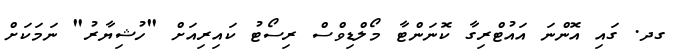
ގދ. ގައި އޮންނަ އައުޓްރިގާ ކޮނަންޓާ މޯލްޑިވްސް ރިސޯޓު ކައިރިއަށް "ހުޝިޔާރު" ނަމަކަށް